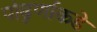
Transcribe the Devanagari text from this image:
पांढुर्णाकडे